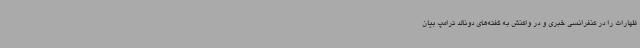
ظهارات را در کنفرانسی خبری و در واکنش به گفته‌های دونالد ترامپ بیان